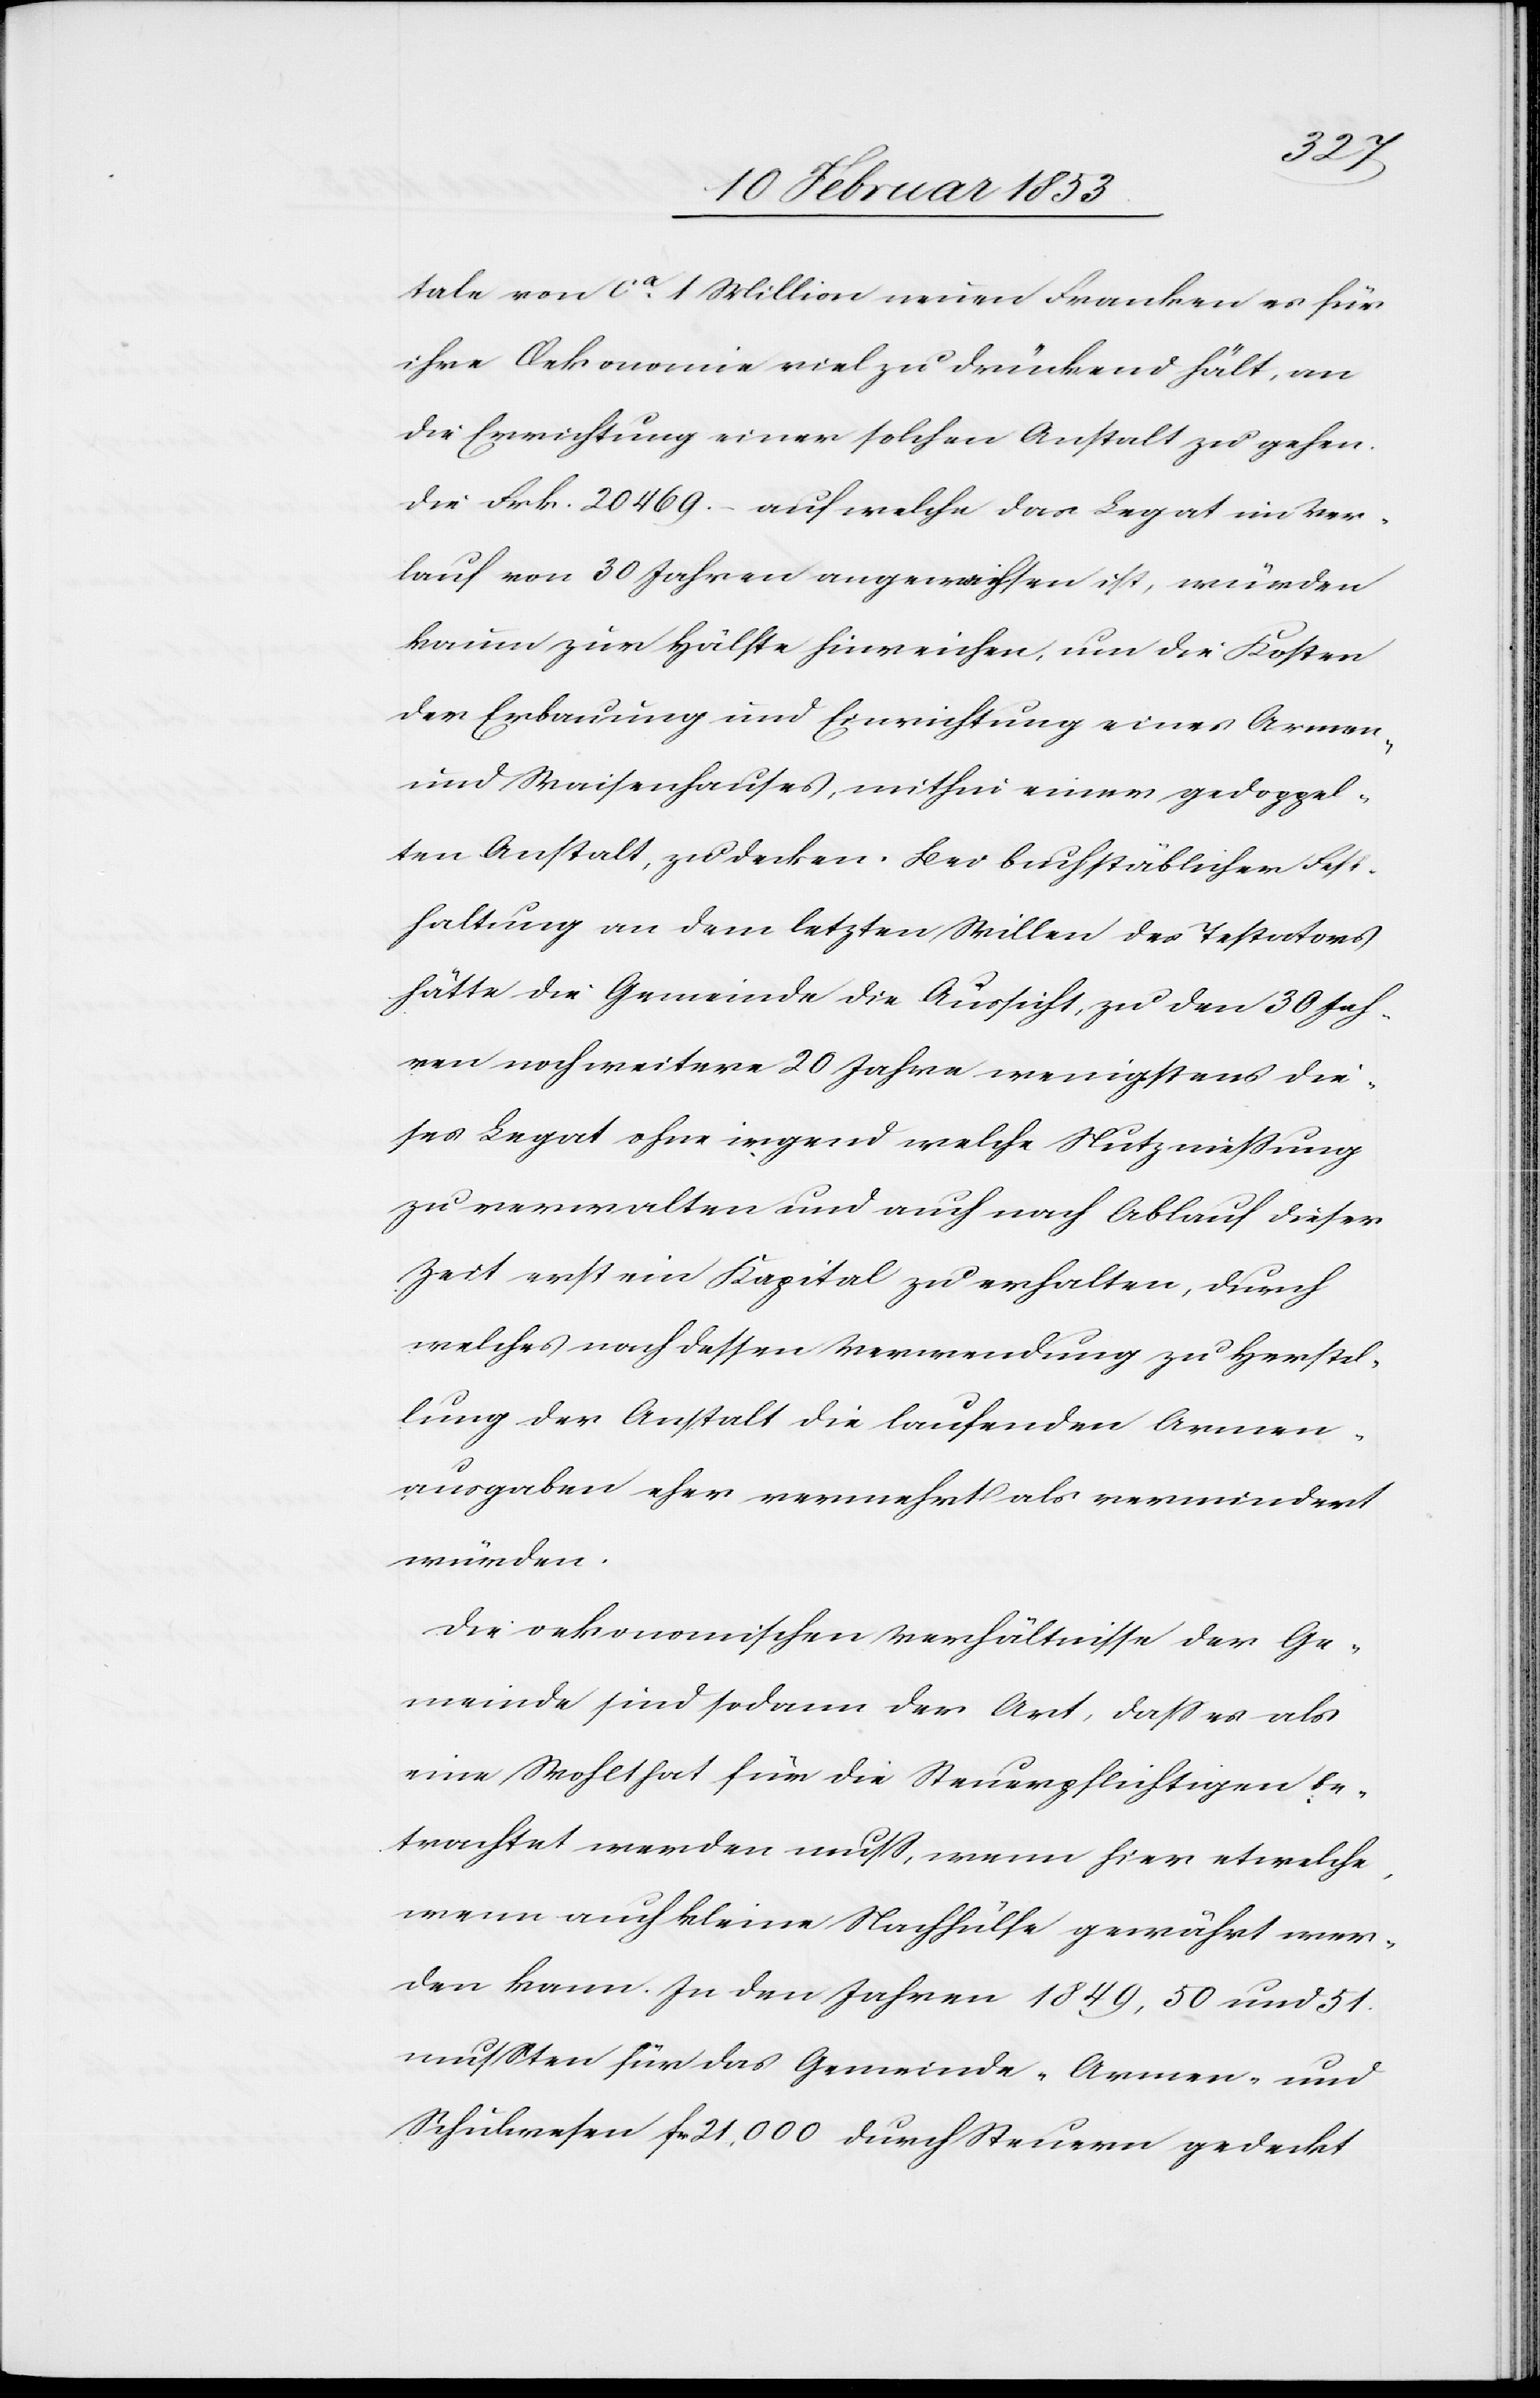
tale von ca. 1 Million neuen Franken es für
ihre Oekonomie viel zu drückend hält, an
die Errichtung einer solchen Anstalt zu gehen.
Die Frk. 20469. auf welche der Legat im Ver¬
lauf von 30 Jahren angewiehsen ist, würden
kaum zur Hülfe hinreichen, um die Kosten
der Erbauung und Errichtung eines Armen-
und Waisenhauses, mithin einer gedoppel¬
ten Anstalt, zu decken. Bei buchstäblicher Fes¬
thaltung an dem letzten Willen des Testators
hätte die Gemeinde die Aussicht, zu den 30 Jah¬
ren noch weitere 20 Jahre wenigstens die¬
ses Legat ohne irgend welche Nutznießung
zu verwalten und auch nach Ablauf dieser
Zeit erst ein Kapital zu erhalten, durch
welches nach dessen Verwendung zu Herstel¬
lung der Anstalt die laufenden Armen¬
ausgaben eher vermehrt als vermindert
würden.
Die oekonomischen Verhältnisse der Ge¬
meinde sind sodann der Art, daß es als
eine Wohlthat für die Steuerpflichtigen be¬
trachtet werden muß, wenn hier etwelche,
wenn auch kleine Nachhülfe gewährt wer¬
den kann. In den Jahren 1849, 50 und 51
mußten für das Gemeinde- Armen- und
Schulwesen fr. 21, 000 durch Steuern gedeckt